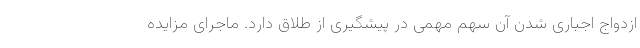
ازدواج اجباری شدن آن سهم مهمی در پیشگیری از طلاق دارد. ماجرای مزایده